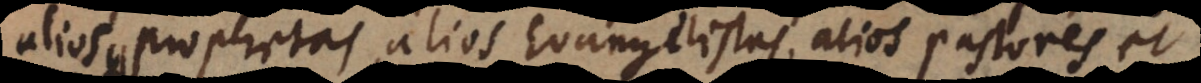
alios prophetas, alios Evangelistas, alios pastores et